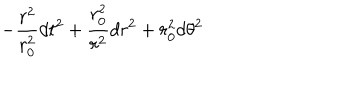
LaTeX: - { \frac { r ^ { 2 } } { r _ { 0 } ^ { 2 } } } d t ^ { 2 } + { \frac { r _ { 0 } ^ { 2 } } { r ^ { 2 } } } d r ^ { 2 } + r _ { 0 } ^ { 2 } d \theta ^ { 2 }